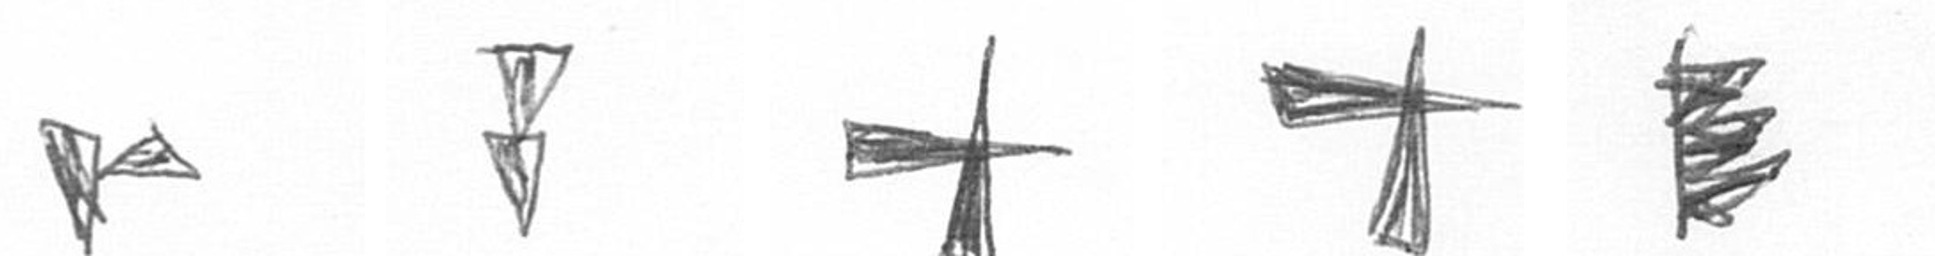
F Z G G H